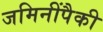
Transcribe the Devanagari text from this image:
जमिनींपैकी